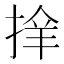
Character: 𢮡